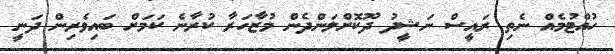
ހުއްޓުމެއް ނެތި ރައީސް ނަޝީދު ދޫކޮށްލަންދެން މުޒާހަރާ ކުރާނެ ކަމަށް ބައިވެރިން ދަނީ